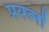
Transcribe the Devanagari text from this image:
प्रयत्‍नों